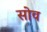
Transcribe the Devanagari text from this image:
सोव